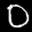
Label: 0